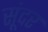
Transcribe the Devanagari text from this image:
सूंदर